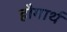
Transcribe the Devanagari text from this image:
हौगार्थ